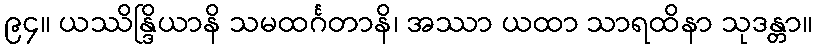
၉၄။ ယဿိန္ဒြိယာနိ သမထင်္ဂတာနိ၊ အဿာ ယထာ သာရထိနာ သုဒန္တာ။